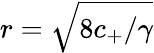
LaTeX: r=\sqrt{8c_{+}/\gamma}